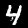
Digit: 4